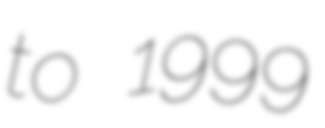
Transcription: to 1999